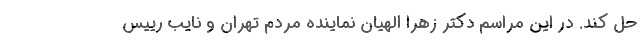
حل کند. در این مراسم دکتر زهرا الهیان نماینده مردم تهران و نایب رییس